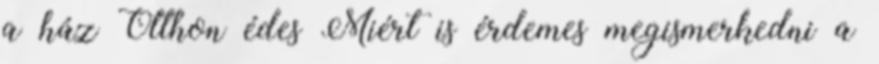
a ház Otthon édes Miért is érdemes megismerkedni a